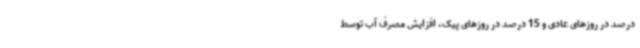
درصد در روزهای عادی و 15 درصد در روزهای پیک، افزایش مصرف آب توسط